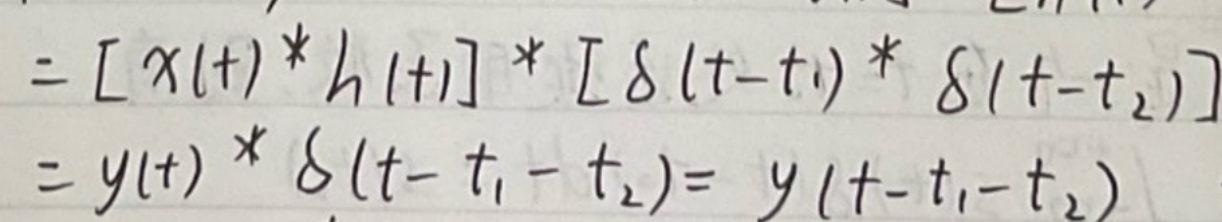
\[
\begin{align*}
&=[x(t)*h(t)]*[\delta(t - t_1)*\delta(t - t_2)]\\
&=y(t)*\delta(t - t_1 - t_2)=y(t - t_1 - t_2)
\end{align*}
\]